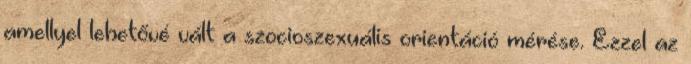
amellyel lehetővé vált a szocioszexuális orientáció mérése. Ezzel az